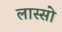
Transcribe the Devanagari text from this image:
लास्सो